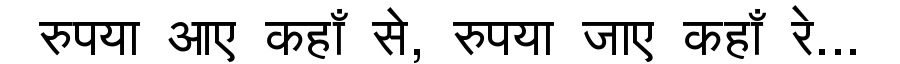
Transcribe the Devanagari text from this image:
रुपया आए कहाँ से, रुपया जाए कहाँ रे...